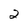
Character: 2